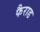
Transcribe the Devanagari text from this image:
फैराड